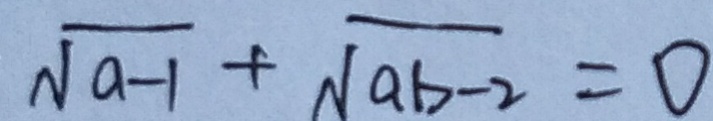
\sqrt { a - 1 } + \sqrt { a b - 2 } = 0